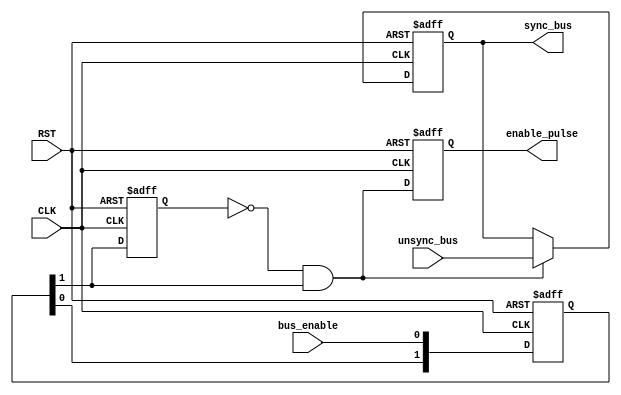
module DATA_SYNC #(
	parameter	D_WIDTH	=	8, 	
	parameter	STAGES 	= 	2	
	)

	(
	input	wire							CLK,
	input	wire							RST,
	input	wire							bus_enable,
	input	wire		[D_WIDTH-1:0]		unsync_bus,
	output	reg			[D_WIDTH-1:0]		sync_bus,
	output	reg								enable_pulse
	);



// Synchronization FlipFlops
reg	[STAGES-1:0]	Sync_FFs;

//Pulse generator FlipFlop
reg						Pulse_Gen_FF;						
	

//MUX Selector
reg						Sel;


// Sequential always for Synchronization and pulse generator
always @(posedge CLK or negedge RST) begin
	if (!RST) begin
		Sync_FFs		<=		'b0;
		Pulse_Gen_FF	<=		'b0;
		enable_pulse	<=		'b0;
		sync_bus 		<=		'b0;
	end
	else  begin
		Sync_FFs		<=		{Sync_FFs[STAGES-2:0], bus_enable};	

		//Pulse Generator
		Pulse_Gen_FF	<=		Sync_FFs[STAGES-1];

		if(Sel)	begin
			sync_bus 	<=		unsync_bus;
		end

		//enable pulse
		enable_pulse	<=		Sel;
	end
end

// Combinational Always for MUX Selector
always @(*)
begin
	Sel 	=	(~Pulse_Gen_FF) & Sync_FFs[STAGES-1]	;
end 






endmodule